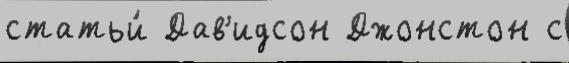
статьи́ Дав'идсон Джонстон с